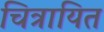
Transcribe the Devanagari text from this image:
चित्रायित